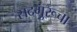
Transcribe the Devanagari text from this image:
सदगुरूचा